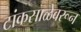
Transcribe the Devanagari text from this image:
टांकसाळेवरून